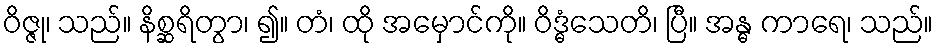
ဝိဇ္ဇု၊ သည်။ နိစ္ဆရိတွာ၊ ၍။ တံ၊ ထို အမှောင်ကို။ ဝိဒ္ဓံသေတိ၊ ပြီ။ အန္ဓ ကာရေ၊ သည်။